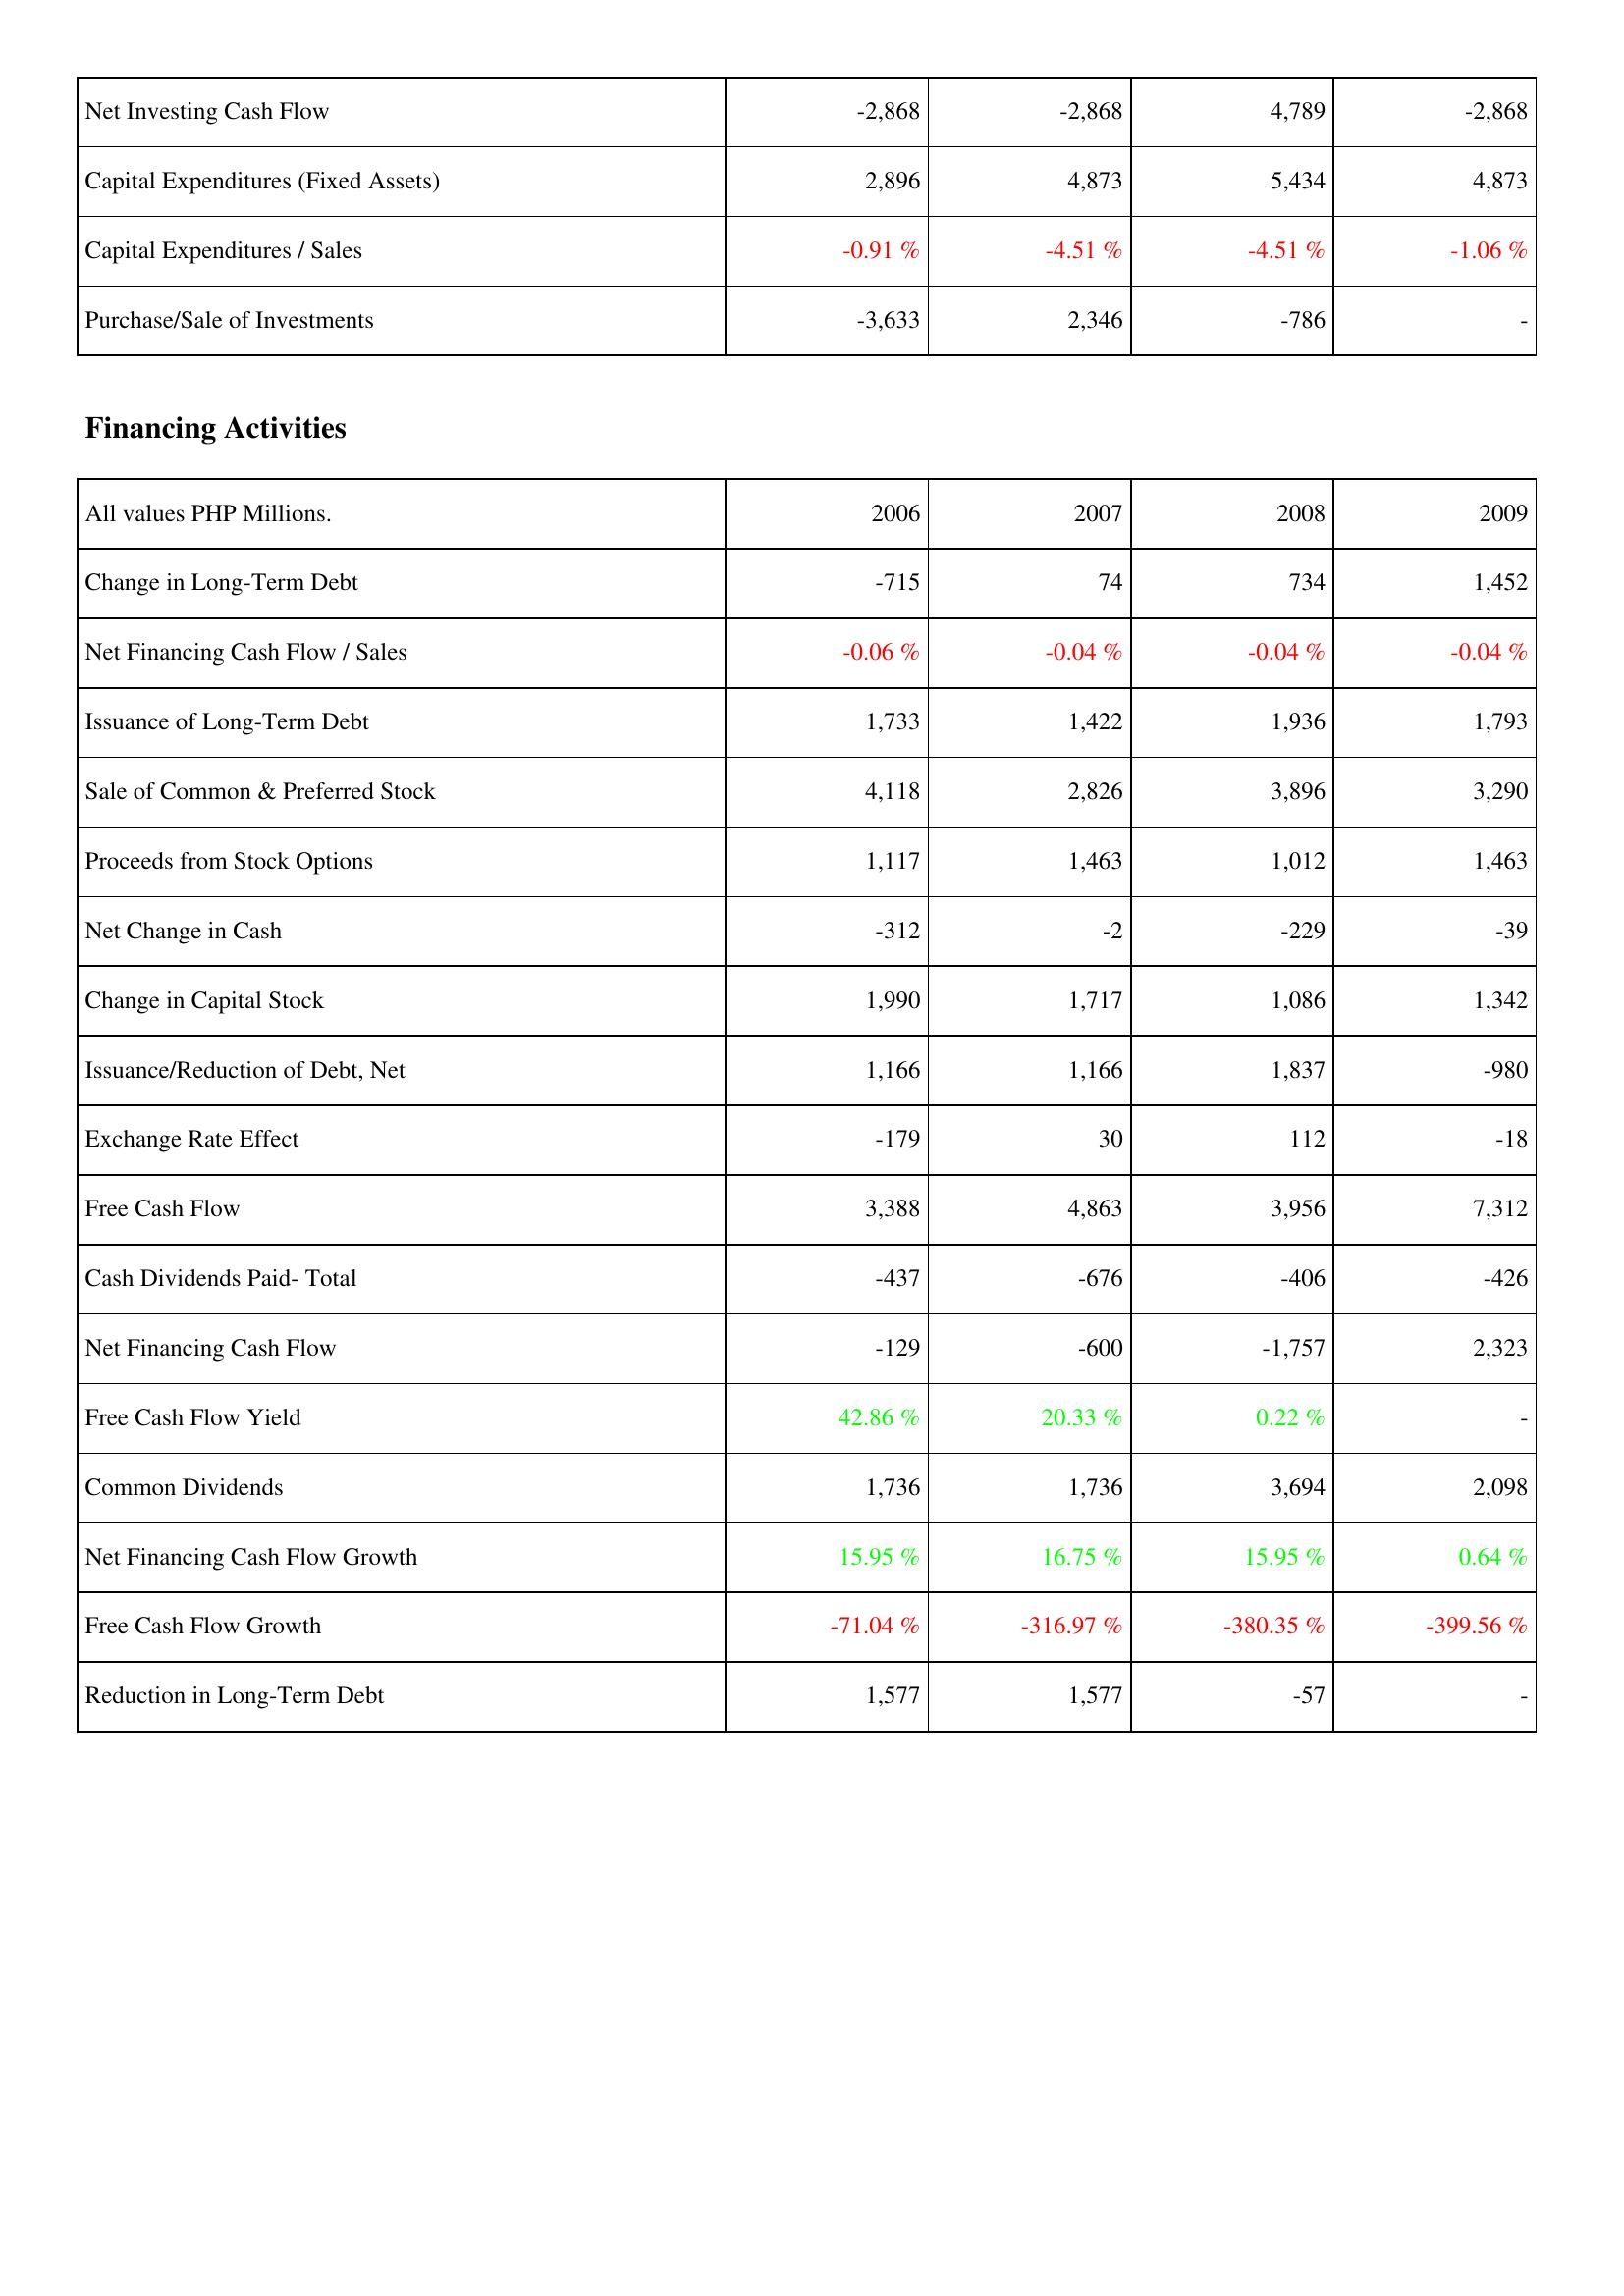
2006: Investing Activities: Net Investing Cash Flow: -2,868
Capital Expenditures (Fixed Assets): 2,896
Capital Expenditures / Sales: -0.91 %
Purchase/Sale of Investments: -3,633
Financing Activities: Change in Long-Term Debt: -715
Net Financing Cash Flow / Sales: -0.06 %
Issuance of Long-Term Debt: 1,733
Sale of Common & Preferred Stock: 4,118
Proceeds from Stock Options: 1,117
Net Change in Cash: -312
Change in Capital Stock: 1,990
Issuance/Reduction of Debt, Net: 1,166
Exchange Rate Effect: -179
Free Cash Flow: 3,388
Cash Dividends Paid- Total: -437
Net Financing Cash Flow: -129
Free Cash Flow Yield: 42.86 %
Common Dividends: 1,736
Net Financing Cash Flow Growth: 15.95 %
Free Cash Flow Growth: -71.04 %
Reduction in Long-Term Debt: 1,577
2007: Investing Activities: Net Investing Cash Flow: -2,868
Capital Expenditures (Fixed Assets): 4,873
Capital Expenditures / Sales: -4.51 %
Purchase/Sale of Investments: 2,346
Financing Activities: Change in Long-Term Debt: 74
Net Financing Cash Flow / Sales: -0.04 %
Issuance of Long-Term Debt: 1,422
Sale of Common & Preferred Stock: 2,826
Proceeds from Stock Options: 1,463
Net Change in Cash: -2
Change in Capital Stock: 1,717
Issuance/Reduction of Debt, Net: 1,166
Exchange Rate Effect: 30
Free Cash Flow: 4,863
Cash Dividends Paid- Total: -676
Net Financing Cash Flow: -600
Free Cash Flow Yield: 20.33 %
Common Dividends: 1,736
Net Financing Cash Flow Growth: 16.75 %
Free Cash Flow Growth: -316.97 %
Reduction in Long-Term Debt: 1,577
2008: Investing Activities: Net Investing Cash Flow: 4,789
Capital Expenditures (Fixed Assets): 5,434
Capital Expenditures / Sales: -4.51 %
Purchase/Sale of Investments: -786
Financing Activities: Change in Long-Term Debt: 734
Net Financing Cash Flow / Sales: -0.04 %
Issuance of Long-Term Debt: 1,936
Sale of Common & Preferred Stock: 3,896
Proceeds from Stock Options: 1,012
Net Change in Cash: -229
Change in Capital Stock: 1,086
Issuance/Reduction of Debt, Net: 1,837
Exchange Rate Effect: 112
Free Cash Flow: 3,956
Cash Dividends Paid- Total: -406
Net Financing Cash Flow: -1,757
Free Cash Flow Yield: 0.22 %
Common Dividends: 3,694
Net Financing Cash Flow Growth: 15.95 %
Free Cash Flow Growth: -380.35 %
Reduction in Long-Term Debt: -57
2009: Investing Activities: Net Investing Cash Flow: -2,868
Capital Expenditures (Fixed Assets): 4,873
Capital Expenditures / Sales: -1.06 %
Purchase/Sale of Investments: -
Financing Activities: Change in Long-Term Debt: 1,452
Net Financing Cash Flow / Sales: -0.04 %
Issuance of Long-Term Debt: 1,793
Sale of Common & Preferred Stock: 3,290
Proceeds from Stock Options: 1,463
Net Change in Cash: -39
Change in Capital Stock: 1,342
Issuance/Reduction of Debt, Net: -980
Exchange Rate Effect: -18
Free Cash Flow: 7,312
Cash Dividends Paid- Total: -426
Net Financing Cash Flow: 2,323
Free Cash Flow Yield: -
Common Dividends: 2,098
Net Financing Cash Flow Growth: 0.64 %
Free Cash Flow Growth: -399.56 %
Reduction in Long-Term Debt: -